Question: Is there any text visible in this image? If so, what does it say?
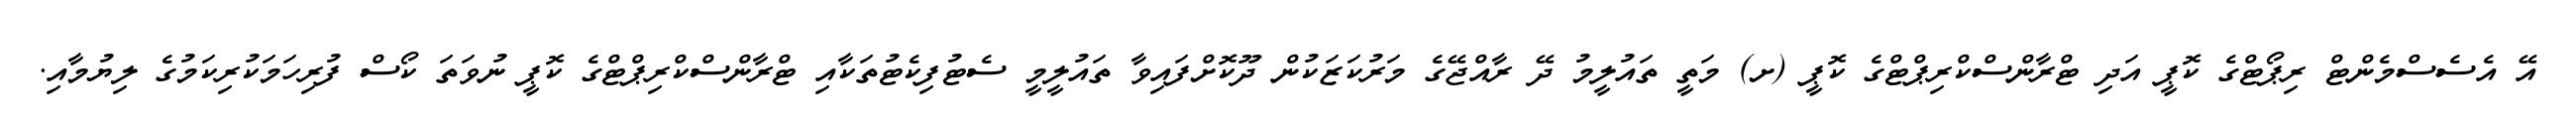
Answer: އޭ އެސެސްމެންޓް ރިޕޯޓްގެ ކޮޕީ އަދި ޓްރާންސްކްރިޕްޓްގެ ކޮޕީ (ށ) މަތީ ތައުލީމު ދޭ ރާއްޖޭގެ މަރުކަޒަކުން ދޫކޮށްފައިވާ ތައުލީމީ ސެޓުފިކެޓުތަކާއި ޓްރާންސްކްރިޕްޓްގެ ކޮޕީ ނުވަތަ ކޯސް ފުރިހަމަކުރިކަމުގެ ލިޔުމާއި.